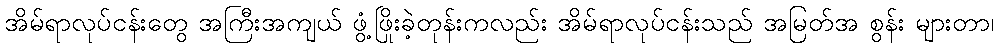
အိမ်ရာလုပ်ငန်းတွေ အကြီးအကျယ် ဖွံ့ဖြိုးခဲ့တုန်းကလည်း အိမ်ရာလုပ်ငန်းသည် အမြတ်အ စွန်း များတာ၊